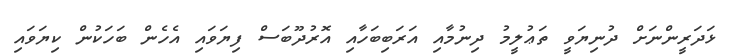
ޅަދަރީންނަށް ދުނިޔަވީ ތަޢުލީމު ދިނުމާއި އަރަބިބަހާއި އޮރުދޫބަސް ފިޔަވައި އެހެން ބަހަކުން ކިޔަވައި